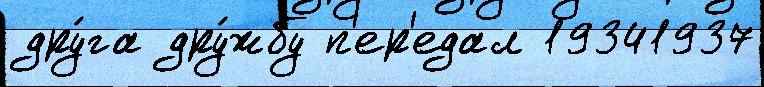
дру́га дру́жбу п'ер'едал 19341937